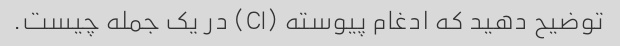
توضیح دهید که ادغام پیوسته (CI) در یک جمله چیست.